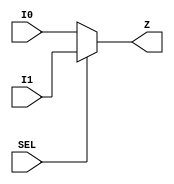
/*
 * Module      : tb_w_icons_top
 * Project Name: W_ICONS
 * Company     : Blackrock Neurotech
 */
`timescale 1ns/1ps
module common_mux (
    I0,
    I1,
    SEL,
    Z
);
    parameter  IN_W   = 8;
    input  [IN_W-1:0] I0;
    input  [IN_W-1:0] I1;
    input SEL;
    output [IN_W-1:0] Z;

    assign Z = (SEL == 1'b1) ? I1 : I0 ;

endmodule